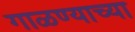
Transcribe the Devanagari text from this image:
गाळण्याच्या